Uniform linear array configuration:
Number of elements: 12
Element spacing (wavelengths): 0.25
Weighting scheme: hamming
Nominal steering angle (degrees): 30
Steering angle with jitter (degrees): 29.951
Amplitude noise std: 0.05
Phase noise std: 0.05

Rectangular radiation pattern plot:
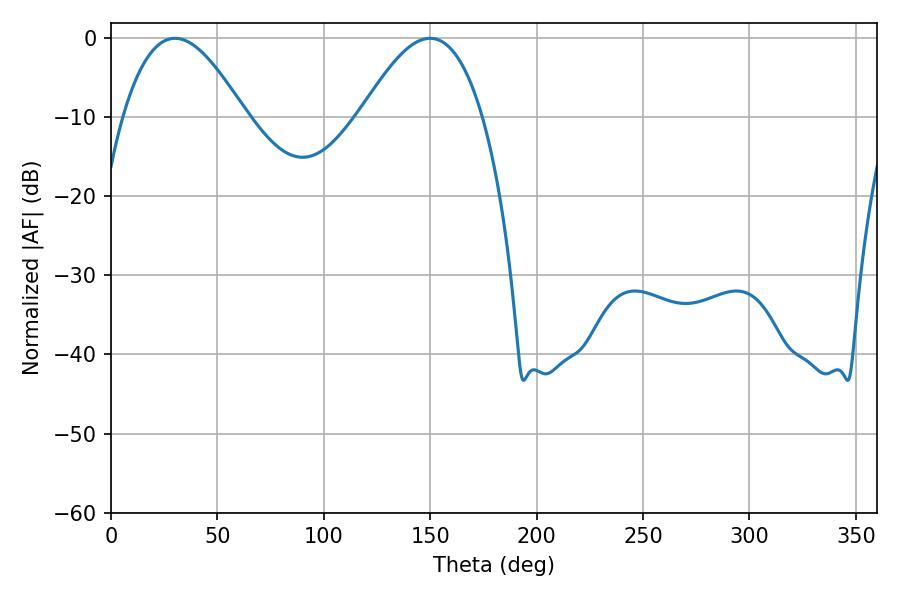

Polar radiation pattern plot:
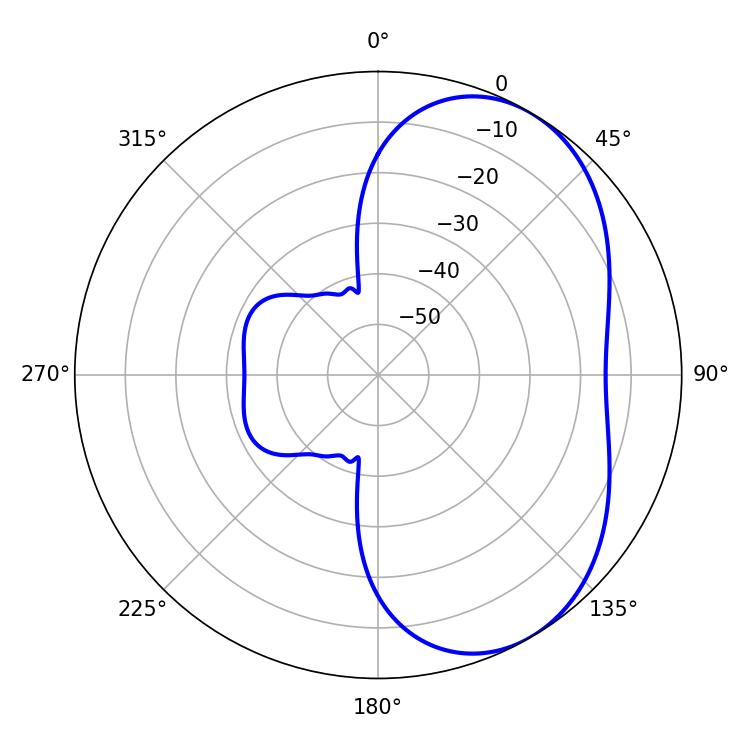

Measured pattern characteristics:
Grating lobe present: FALSE
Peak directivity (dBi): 4.887
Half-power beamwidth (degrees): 31.14
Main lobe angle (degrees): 30.06